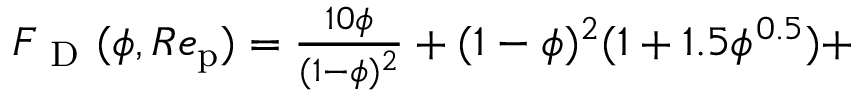
\begin{array} { r l } { { F _ { \mathrm { ~ D ~ } } } ( \phi , R e _ { \mathrm { p } } ) = \frac { 1 0 \phi } { ( 1 - \phi ) ^ { 2 } } + ( 1 - \phi ) ^ { 2 } ( 1 + 1 . 5 \phi ^ { 0 . 5 } ) + } \end{array}